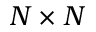
N \times N